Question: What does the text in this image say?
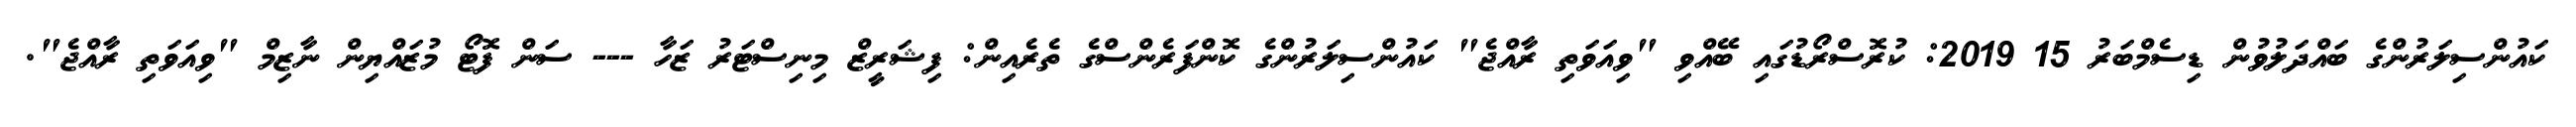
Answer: ކައުންސިލަރުންގެ ބައްދަލުވުން ޑިސެމްބަރު 15 2019: ކުރޮސްރޯޑުގައި ބޭއްވި "ވިއަވަތި ރާއްޖެ" ކައުންސިލަރުންގެ ކޮންފަރެންސްގެ ތެރެއިން: ފިޝަރީޒް މިނިސްޓަރު ޒަހާ --- ސަން ފޮޓޯ މުޒައްޔިން ނާޒިމް "ވިއަވަތި ރާއްޖެ".